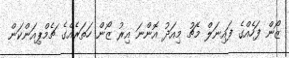
ޒޯން ފަހެއްގެ ފައިނަލް މެޗު މިއަދު އޮންނަ އިރު ޒޯން ހަތަރެއްގެ ޗެމްޕިއަންކަން